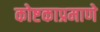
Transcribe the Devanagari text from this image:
कोष्टकाप्रमाणे